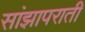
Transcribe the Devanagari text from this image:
सांझापराती